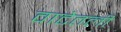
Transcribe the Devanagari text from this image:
वाटेतली